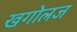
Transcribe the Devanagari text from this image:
खगोलज